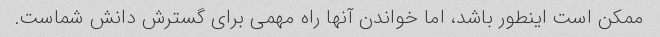
ممکن است اینطور باشد، اما خواندن آنها راه مهمی برای گسترش دانش شماست.